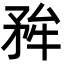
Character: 𭿺